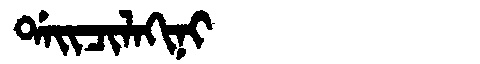
Manchu: ᡩᠠᡳᠴᡳᠯᠠᡴᡳᠨᡳ
Romanization: DAICILAKINI